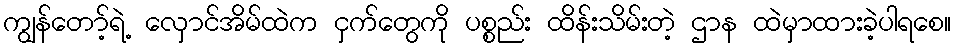
ကျွန်တော့်ရဲ့ လှောင်အိမ်ထဲက ငှက်တွေကို ပစ္စည်း ထိန်းသိမ်းတဲ့ ဌာန ထဲမှာထားခဲ့ပါရစေ။